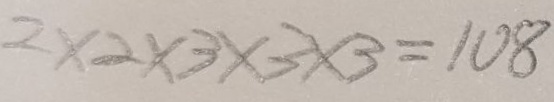
2 \times 2 \times 3 \times 3 \times 3 = 1 0 8